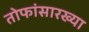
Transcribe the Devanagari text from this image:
तोफांसारख्या